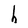
Character: h